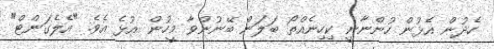
ހެދުން އެޅުން ހުންނާނީ ކިހިނެއްތޯ ބަލަން ބޭނުންވާ މީހުން އުޅެ އެވެ. "އެލެގަންޓް"